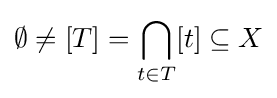
\emptyset \neq [T]=\bigcap _{t\in T}[t]\subseteq X